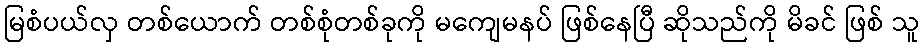
မြစံပယ်လှ တစ်ယောက် တစ်စုံတစ်ခုကို မကျေမနပ် ဖြစ်နေပြီ ဆိုသည်ကို မိခင် ဖြစ် သူ